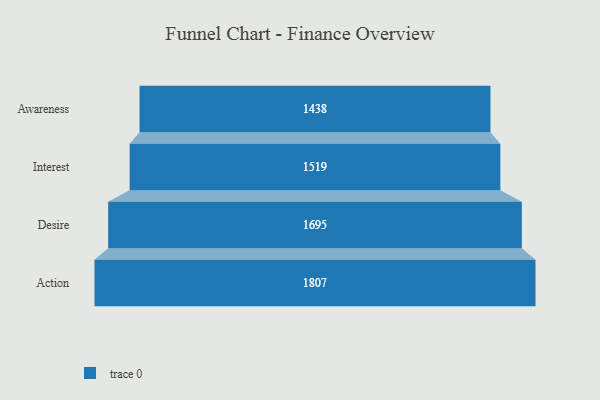
{"axis": {"x": "Stage", "y": "Value"}, "legend": [""], "data": [{"x": "Awareness", "y": 1438.0, "type": ""}, {"x": "Interest", "y": 1519.0, "type": ""}, {"x": "Desire", "y": 1695.0, "type": ""}, {"x": "Action", "y": 1807.0, "type": ""}]}